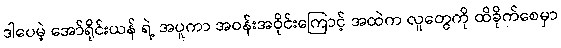
ဒါပေမဲ့ အော်ရိုင်းယန် ရဲ့ အပူကာ အဝန်းအဝိုင်းကြောင့် အထဲက လူတွေကို ထိခိုက်စေမှာ